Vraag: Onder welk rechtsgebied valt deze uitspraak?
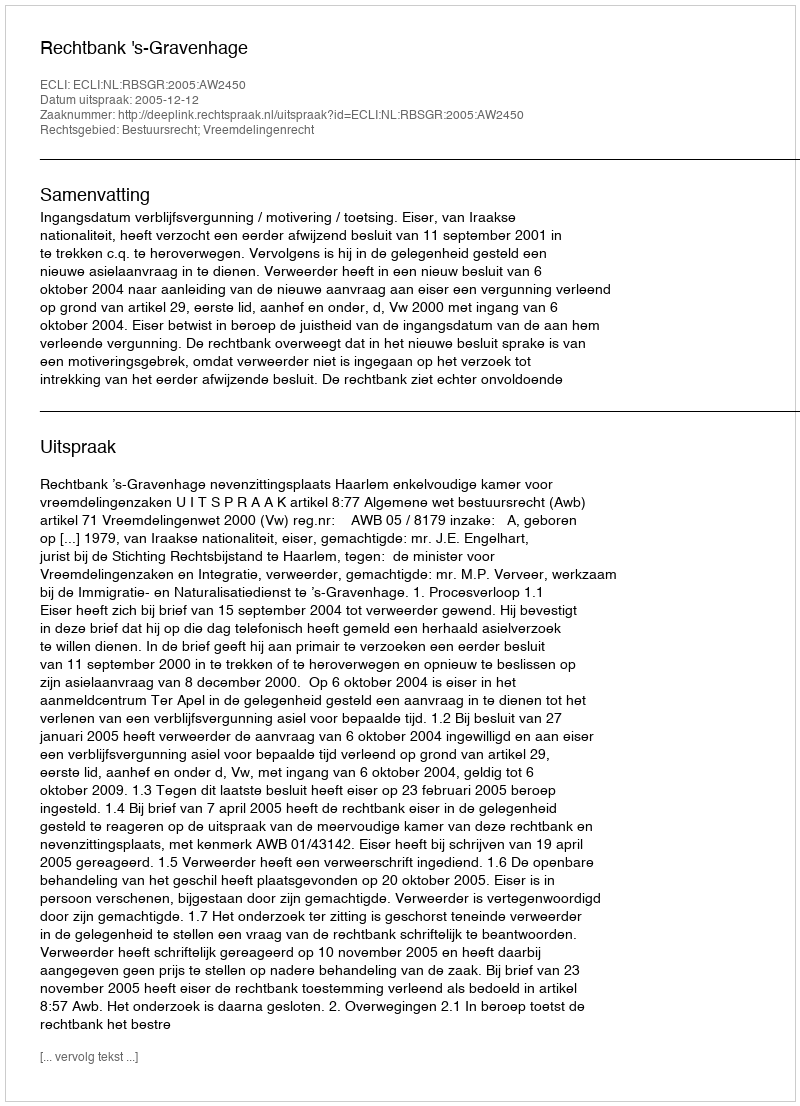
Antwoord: Bestuursrecht; Vreemdelingenrecht